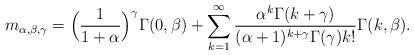
\begin{align*} m_{\alpha,\beta,\gamma}=\Big (\frac{1}{1+\alpha} \Big)^{\gamma} \Gamma(0, \beta)+\sum_{k=1}^{\infty} \frac{\alpha^{k}\Gamma(k+\gamma)}{(\alpha+1)^{k+\gamma}\Gamma (\gamma)k!} \Gamma(k, \beta). \end{align*}